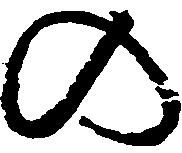
の